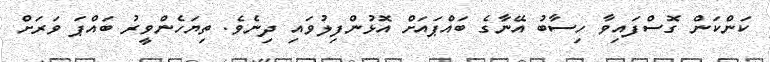
ކަންކަން ގޮސްފައިވާ ހިސާބު އޭނާގެ ބައްޕައަށް އޮޅުންފިލުވައި ދިނެވެ. ތިޔަހެންވީރު ބައްޕަ ވަރަށް